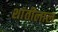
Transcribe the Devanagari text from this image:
शांतीलाल